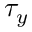
\tau _ { y }